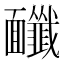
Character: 𩉔